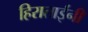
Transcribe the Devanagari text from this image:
हिराताईंनी